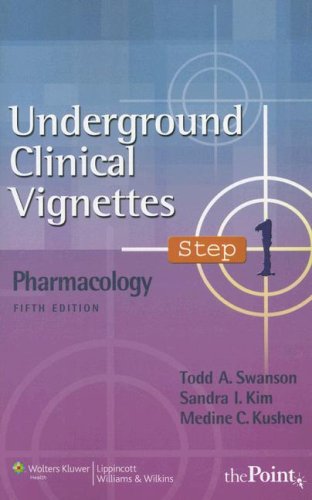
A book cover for Underground Clinical Vignettes Step 1: Pharmacology (Underground Clinical Vignettes Series); Todd A. Swanson M.D.  Ph. D; Medical Books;